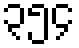
၃၅၄